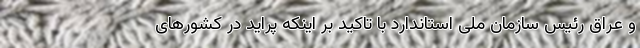
و عراق رئیس سازمان ملی استاندارد با تاکید بر اینکه پراید در کشورهای